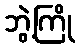
ဘွဲ့ကြို